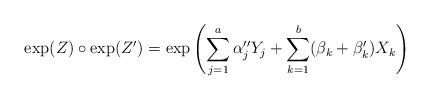
LaTeX: \begin{align*} {\rm exp}(Z) \circ {\rm exp}(Z') = {\rm exp}\left( \sum_{j=1}^{a} {\alpha}_{j}'' Y_{j} + \sum_{k=1}^{b} (\beta_{k}+\beta_{k}') X_{k} \right)\end{align*}